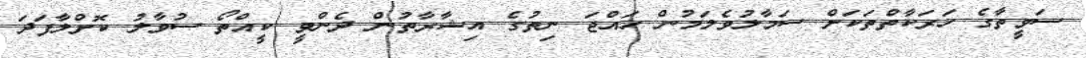
ސަވީތާގެ ހަރަކާތްތަކަށް ސަމާލުވެލަމުން ހައްޖަ ނިތުގެ އިޝާރާތުން ދެންވީ ކީއްތޯ ސުވާލު ކޮށްލާފަދަ